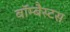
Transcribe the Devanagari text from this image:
बॉम्बैस्टस